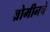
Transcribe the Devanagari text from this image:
ब्रोमीनचे